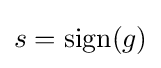
s=\operatorname {sign} (g)